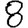
Digit: 8